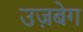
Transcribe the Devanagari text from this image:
उज़बेग